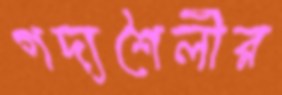
গদ্যশৈলীর